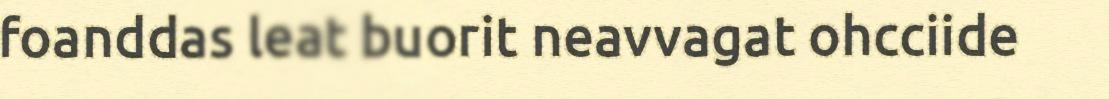
foanddas leat buorit neavvagat ohcciide